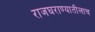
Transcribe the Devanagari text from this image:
राजघराण्यातीलाच